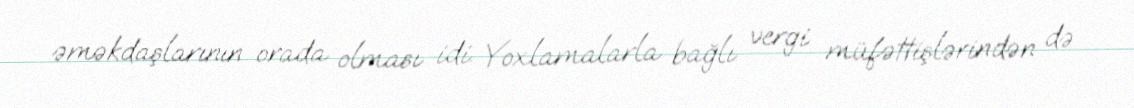
əməkdaşlarının orada olması idi. Yoxlamalarla bağlı vergi müfəttişlərindən də